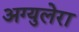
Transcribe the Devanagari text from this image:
अग्युलेरा